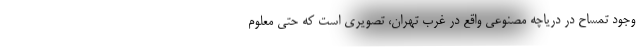
وجود تمساح در دریاچه مصنوعی واقع در غرب تهران، تصویری است که حتی معلوم